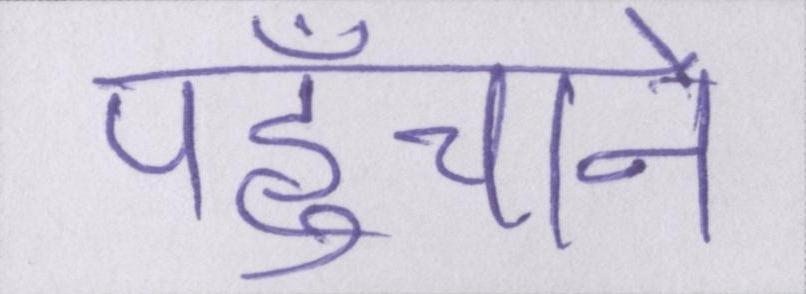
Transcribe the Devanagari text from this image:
पहुँचाने